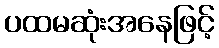
ပထမဆုံးအနေဖြင့်